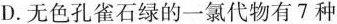
D.无色孔雀石绿的一氯代物有7种